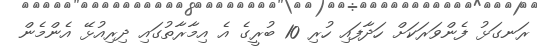
ރަނގަޅު ފެންވަރަކަށް ހަދާފައި ހުރި 10 ބުރީގެ އެ އިމާރާތުގައި ދިރިއުޅޭ އެންމެން